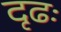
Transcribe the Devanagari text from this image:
दृढः